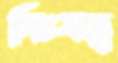
নিঃসত্ত্ব